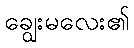
ချွေးမလေး၏